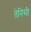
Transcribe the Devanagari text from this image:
तेनिसी